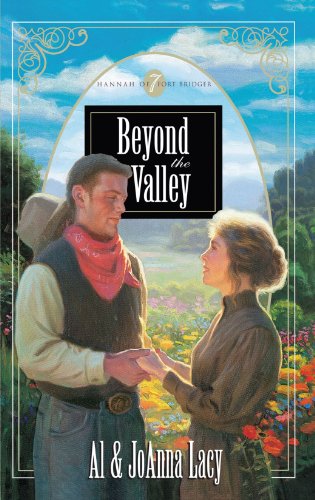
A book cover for Beyond the Valley (Hannah of Fort Bridger Series #7); Al & Joanna Lacy; Religion & Spirituality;